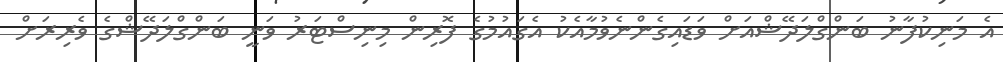
އެ މަނިކުފާނު ބަންގްލަދޭޝްއަށް ވަޑައިގެންނެވުމާއެކު އެގައުމުގެ ފޮރިން މިނިސްޓަރު ވަނީ ބަންގްލަދޭޝްގެ ވެރިރަށް